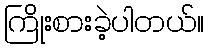
ကြိုးစားခဲ့ပါတယ်။